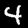
Label: 4